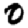
Digit: 0